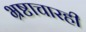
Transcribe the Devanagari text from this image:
भ्रष्टाचारही